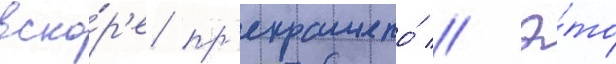
вско́р'е пр'екращено́ // Э́то